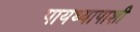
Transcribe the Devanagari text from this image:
पायथ्यापाशी